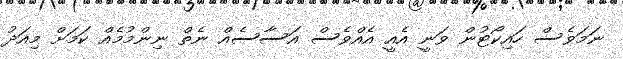
ނަމަވެސް ހައިކޯޓުން ވަނީ އެއީ އެއްވެސް އަސާސެއް ނެތް ނިންމުމެއް ކަމަށް މިއަދު